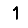
Digit: 1